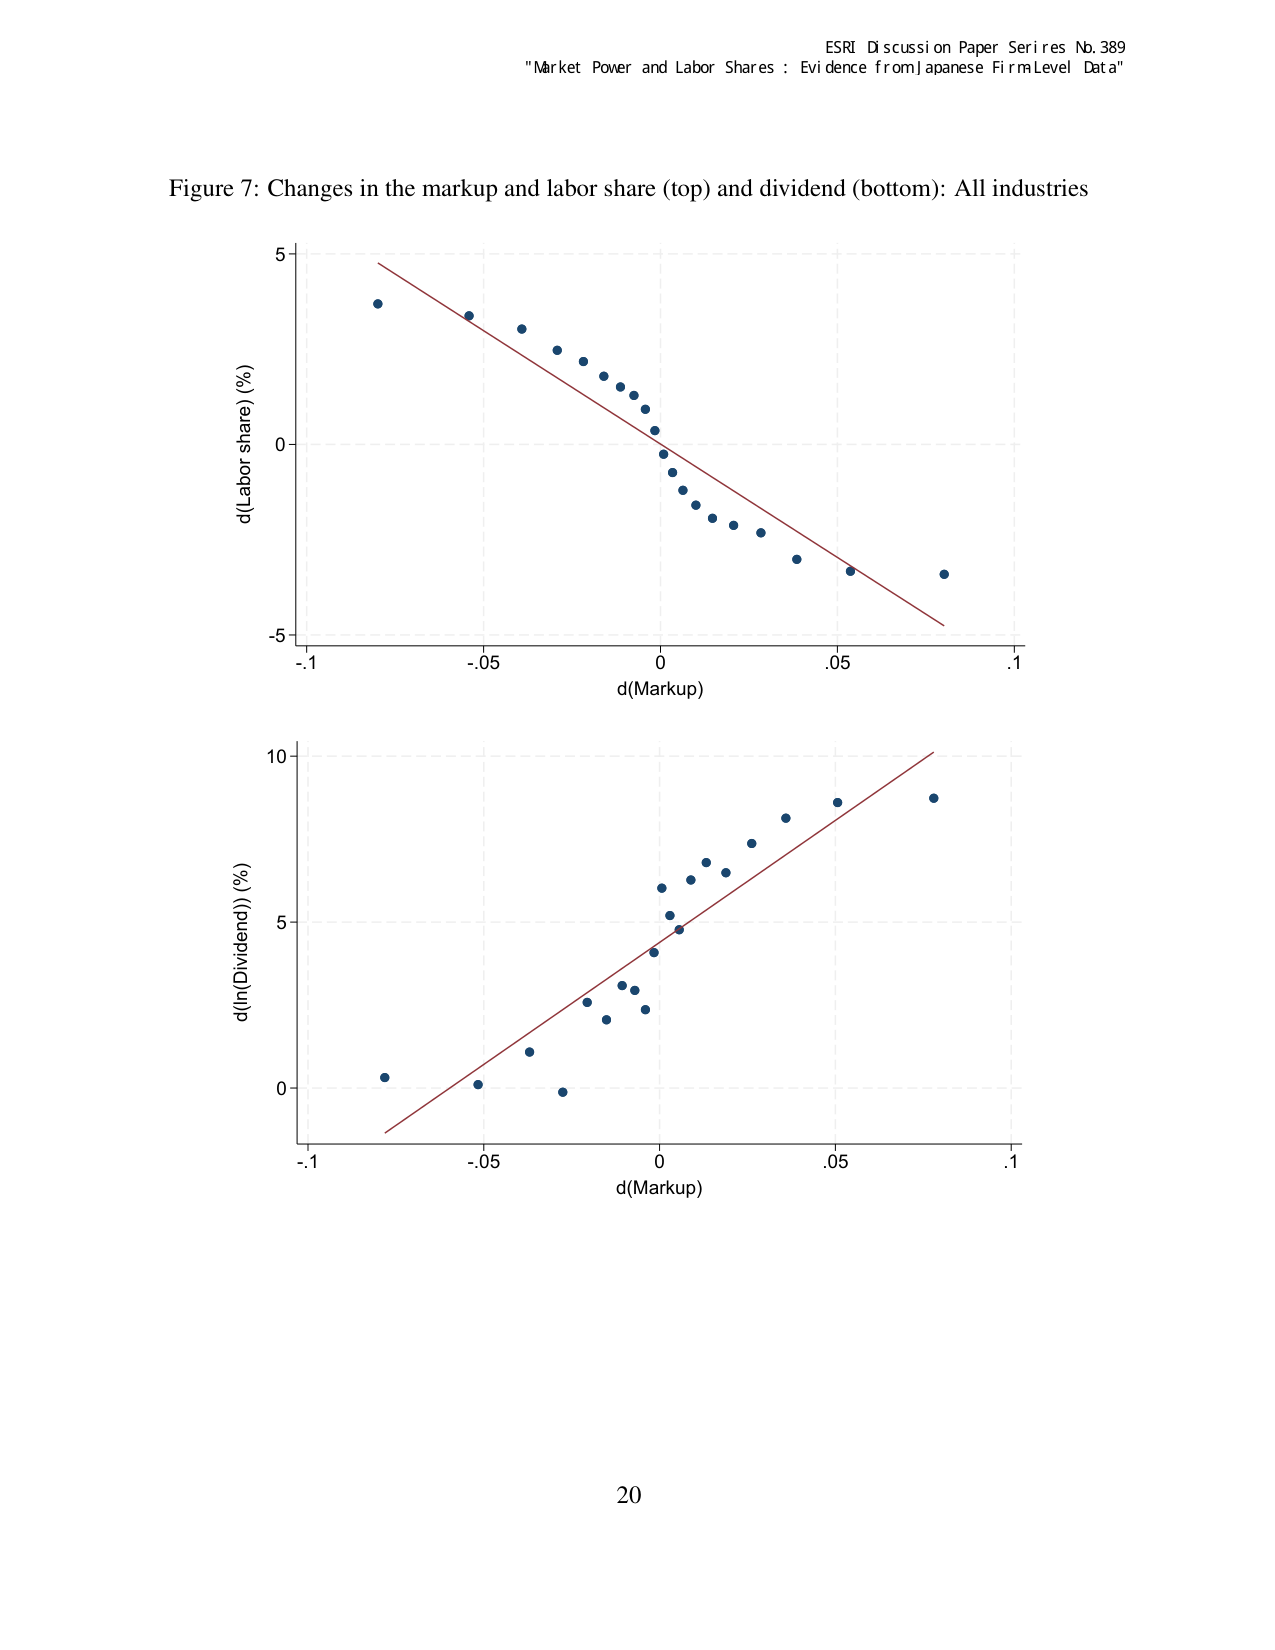
ESRI Discussion Paper Series No. 389
"Market Power and Labor Shares : Evidence from Japanese Firm Level Data"

Figure 7: Changes in the markup and labor share (top) and dividend (bottom): All industries

d(Labor share) (%)
d(Markup)

d(ln(Dividend)) (%)
d(Markup)

20